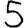
Digit: 5